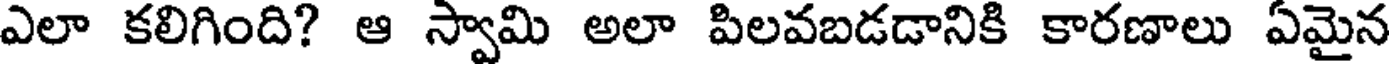
ఎలా కలిగింది? ఆ స్వామి అలా పిలవబడడానికి కారణాలు ఏమైన